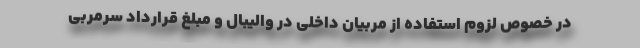
در خصوص لزوم استفاده از مربیان داخلی در والیبال و مبلغ قرارداد سرمربی